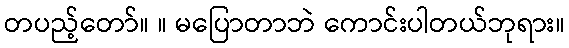
တပည့်တော်။ ။ မပြောတာဘဲ ကောင်းပါတယ်ဘုရား။